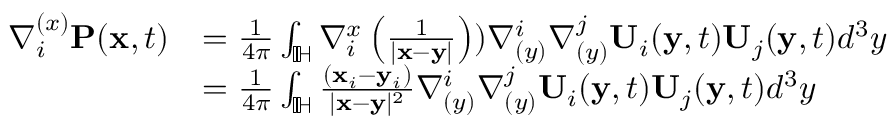
\begin{array} { r l } { \nabla _ { i } ^ { ( x ) } \mathbf { P } ( \mathbf { x } , t ) } & { = \frac { 1 } { 4 \pi } \int _ { \mathbb { I \! H } } \nabla _ { i } ^ { x } \left( \frac { 1 } { | \mathbf { x } - \mathbf { y } | } \right) ) \nabla _ { ( y ) } ^ { i } \nabla _ { ( y ) } ^ { j } { \mathbf { U } } _ { i } ( \mathbf { y } , t ) { \mathbf { U } } _ { j } ( \mathbf { y } , t ) d ^ { 3 } y } \\ & { = \frac { 1 } { 4 \pi } \int _ { \mathbb { I \! H } } \frac { ( \mathbf { x } _ { i } - \mathbf { y } _ { i } ) } { | \mathbf { x } - \mathbf { y } | ^ { 2 } } \nabla _ { ( y ) } ^ { i } \nabla _ { ( y ) } ^ { j } { \mathbf { U } } _ { i } ( \mathbf { y } , t ) { \mathbf { U } } _ { j } ( \mathbf { y } , t ) d ^ { 3 } y } \end{array}